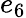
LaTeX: e_{6}